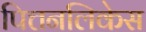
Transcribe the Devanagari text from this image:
पित्तनलिकेस